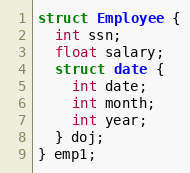
Language: C
struct Employee {
  int ssn;
  float salary;
  struct date {
    int date;
    int month;
    int year;
  } doj;
} emp1;